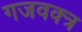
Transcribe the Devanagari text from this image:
गजवक्त्र